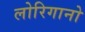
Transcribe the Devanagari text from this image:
लोरिगानो